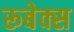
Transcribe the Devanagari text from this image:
रूबेक्स